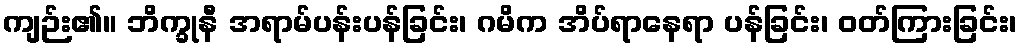
ကျဉ်း၏။ ဘိက္ခုနီ အရာမ်ပန်းပန်ခြင်း၊ ဂမိက အိပ်ရာနေရာ ပန်ခြင်း၊ ဝတ်ကြားခြင်း၊